Annual report on the Civil Veterinary Department, Burma (including the Insein Veterinary School) - 1932-1941
Year: 1932
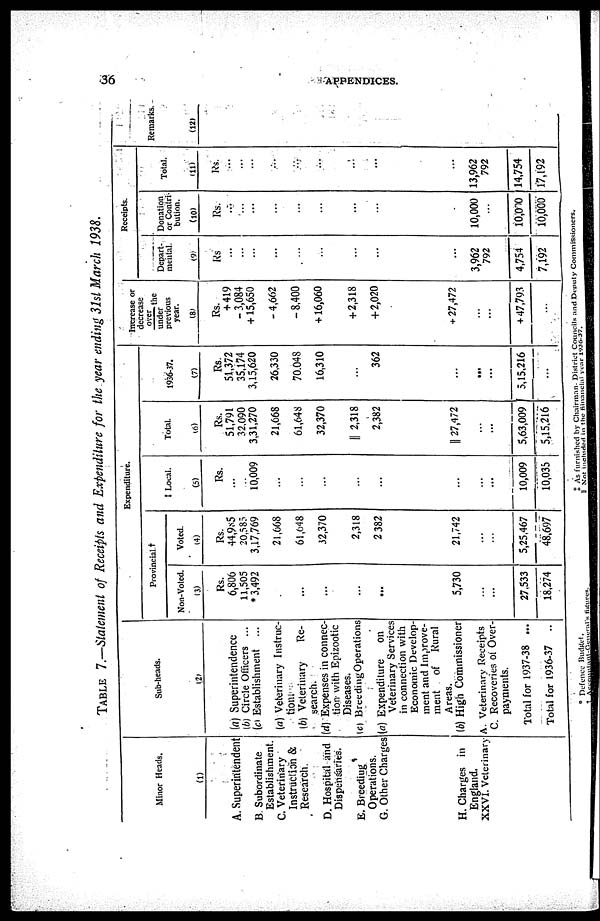
36
APPENDICES.
TABLE
7.—Statement of Receipts and Expenditure
for the year ending 31st March
1938.
Minor Heads.
(1)
A. Superintendent
B Subordinate
Establishment.
C. Veterinary
Instruction &
Research
D. Hospital and
Dispensaries.
E. Breeding
Operations.
G. Other Charges
H. Charges in
England.
XXVI. Veterinary
Sub-heads.
(2)
(a) Superintendence
(b) Circle Officers ...
(c) Establishment ...
(a) Veterinary Instruc-
tion;
(b) Veterinary
Re-
search.
(d) Expenses in connec-
tion with Epizootic
Diseases.
(c) Breeding Operations
(a) Expenditure
on
Veterinary Services
in connection with
Economic Develop-
ment and Improve-
ment
of Rural
Areas.
(b) High Commissioner
A. Veterinary Receipts
C. Recoveries of Over-
payments.
Total for 1937-38 ...
Total for 1936-37 ..
Expenditure.
Provincial †
Non-Voted.
(3)
Rs.
6,800
11,505
* 3,492
...
...
...
...
...
5,730
...
...
27,533
18,274
Voted.
(4)
Rs.
44,985
20,585
3,17,769
21,668
61,648
32,370
2,318
2 382
21,742
...
...
5,25,467
48,697
† Local.
(5)
Rs.
...
...
10,009
...
...
...
...
...
...
...
...
10,009
10,035
Total.
(6)
Rs.
51,791
32,090
3,31,270
21,668
61,648
32,370
|| 2,318
2,382
|| 27,472
...
...
5,63,009
5,15,216
1936-37.
(7)
Rs.
51,372
35,174
3,15,620
26,330
70,048
16,310
...
362
...
...
...
5,15,216
...
Increase or
decrease
over
the
under
previous
year.
(8)
Rs.
+ 419
- 3,084
+15,650
- 4,662
- 8,400
+ 16,060
+ 2,318
+ 2,020
+ 27,472
...
...
+ 47,793
...
Receipts.
Depart-
mental.
(9)
Rs
...
...
...
...
...
...
...
...
...
3,962
792
4,754
7,192
Donation
or Contri-
bution.
(10)
Rs.
...
...
...
...
...
...
...
...
.
10,000
...
10,000
10,000
Total.
(11)
Rs.
...
...
...
...
...
...
...
...
...
13,962
792
14,754
17,192
Remarks.
(12)
* Defence Budged.
† As furnished by Chairman District Councils and Deputy Commissioners.
|| Not included in the financial year 1936-37.